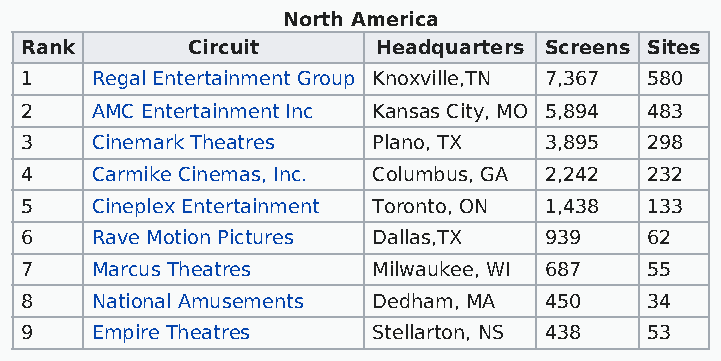
North America
 Rank       Circuit      Headquarters Screens Sites
 1    Regal Entertainment Group Knoxville,TN 7,367 580
 2    AMC Entertainment Inc Kansas City, MO 5,894 483
 3    Cinemark Theatres  Plano, TX  3,895  298
 4    Carmike Cinemas, Inc. Columbus, GA 2,242 232
 5    Cineplex Entertainment Toronto, ON 1,438 133
 6    Rave Motion Pictures Dallas,TX 939   62
 7    Marcus Theatres    Milwaukee, WI 687 55
 8    National Amusements Dedham, MA 450   34
 9    Empire Theatres    Stellarton, NS 438 53